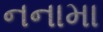
નનામા